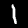
Label: 1